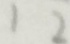
1 2